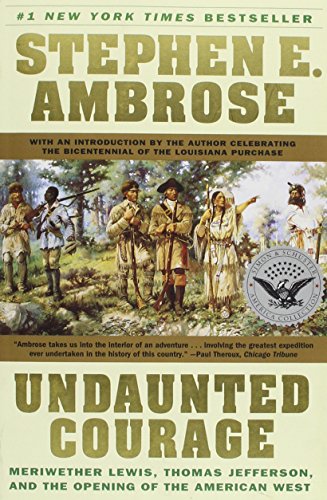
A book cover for Undaunted Courage - Meriwether Lewis, Thomas Jefferson, And The Opening Of The American West; Stephen E. Ambrose; History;